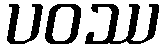
ပဝဿ